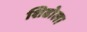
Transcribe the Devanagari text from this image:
शिढोला